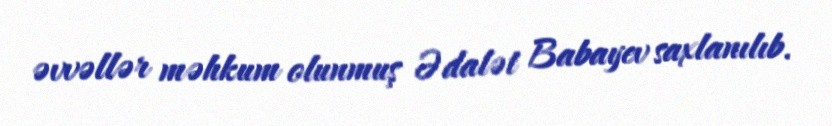
əvvəllər məhkum olunmuş Ədalət Babayev saxlanılıb.